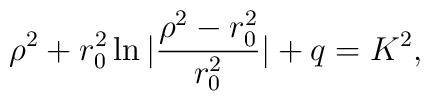
\rho^2 + r_0^2 \ln|\frac{\rho^2- r_0^2}{r_0^2}|+q =K^2,